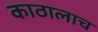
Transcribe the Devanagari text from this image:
काठालाच